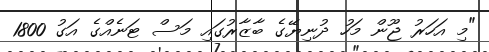
"މި އަހަރު ޖޫން މަހު ދުނިޔޭގެ ބާޒާރުގައި މަސް ޓަނެއްގެ އަގު 1800